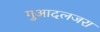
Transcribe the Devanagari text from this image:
गुआदलजरा